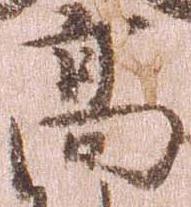
高